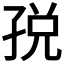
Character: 𫲦